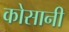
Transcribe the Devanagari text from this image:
कोसानी